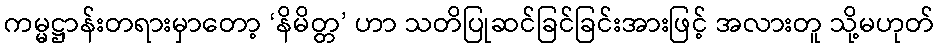
ကမ္မဋ္ဌာန်းတရားမှာတော့ ‘နိမိတ္တ’ ဟာ သတိပြုဆင်ခြင်ခြင်းအားဖြင့် အလားတူ သို့မဟုတ်